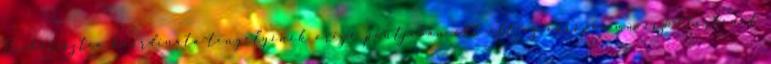
Eucharisztia koordináta-tengelyének origó pontjá­ban ott áll az európai művészettörténet